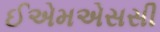
ઈએમએસસી